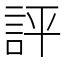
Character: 評